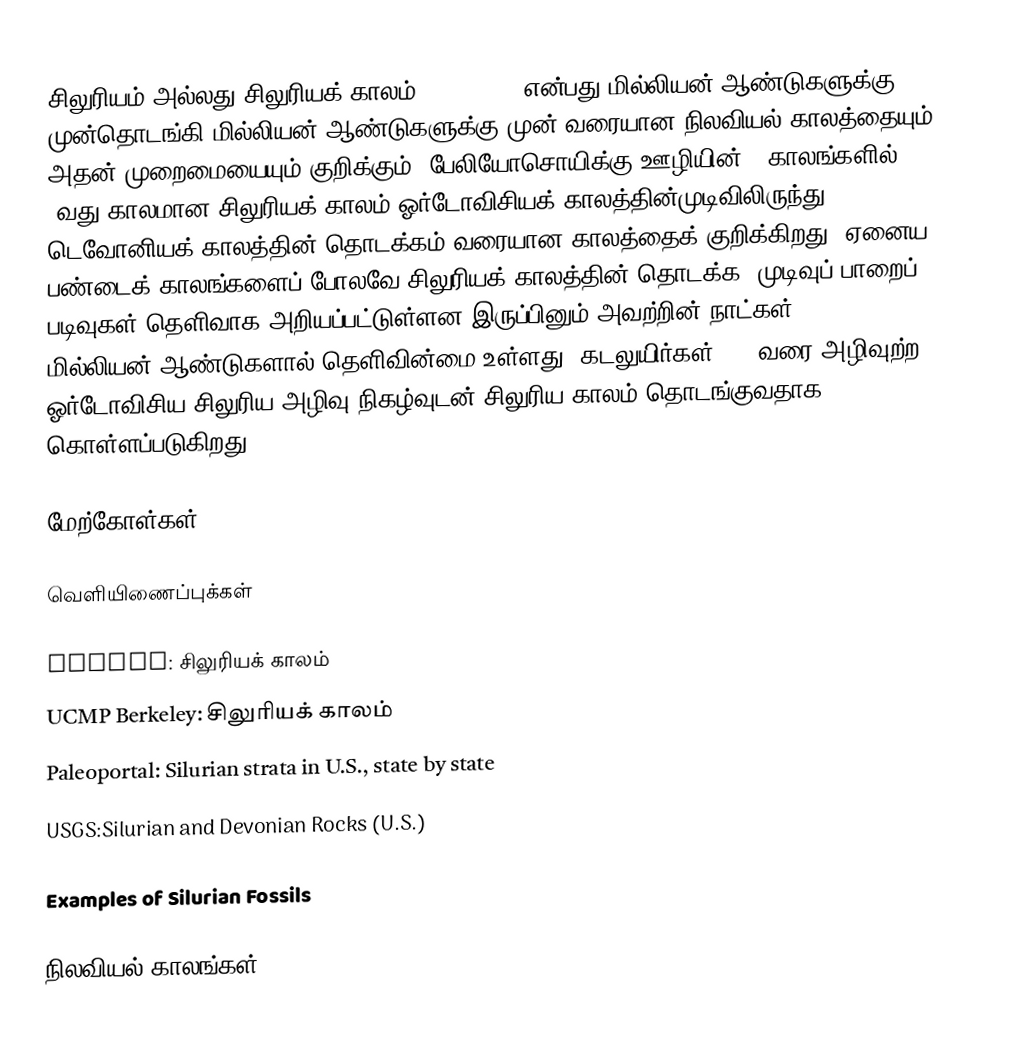
சிலுரியம் அல்லது சிலுரியக் காலம் (Silurian) என்பது  மில்லியன் ஆண்டுகளுக்கு முன்தொடங்கி  மில்லியன் ஆண்டுகளுக்கு முன் வரையான நிலவியல் காலத்தையும் அதன் முறைமையையும் குறிக்கும். பேலியோசொயிக்கு ஊழியின் 6 காலங்களில் 3வது காலமான சிலுரியக் காலம் ஓர்டோவிசியக் காலத்தின்முடிவிலிருந்து  டெவோனியக் காலத்தின் தொடக்கம் வரையான காலத்தைக் குறிக்கிறது. ஏனைய பண்டைக் காலங்களைப் போலவே சிலுரியக் காலத்தின் தொடக்க, முடிவுப் பாறைப் படிவுகள் தெளிவாக அறியப்பட்டுள்ளன இருப்பினும் அவற்றின் நாட்கள் 5-10 மில்லியன் ஆண்டுகளால் தெளிவின்மை உள்ளது. கடலுயிர்கள் 60% வரை அழிவுற்ற ஓர்டோவிசிய-சிலுரிய அழிவு நிகழ்வுடன் சிலுரிய காலம் தொடங்குவதாக கொள்ளப்படுகிறது.

மேற்கோள்கள்

வெளியிணைப்புக்கள்

 Paleos:  சிலுரியக் காலம்
 UCMP Berkeley: சிலுரியக் காலம்
 Paleoportal: Silurian strata in U.S., state by state
 USGS:Silurian and Devonian Rocks (U.S.)

 Examples of Silurian Fossils

நிலவியல் காலங்கள்